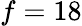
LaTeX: f=18